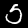
Label: 5